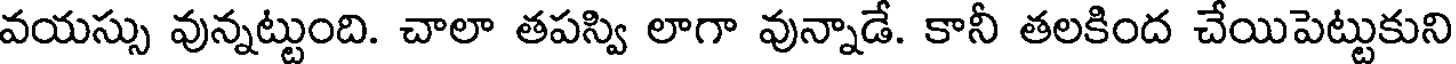
వయస్సు వున్నట్టుంది. చాలా తపస్వి లాగా వున్నాడే. కానీ తలకింద చేయిపెట్టుకుని